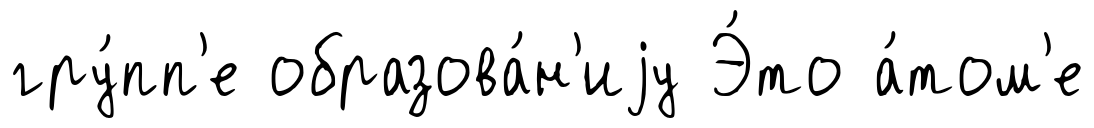
гру́пп'е образова́н'иjу Э́то а́том'е